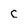
Character: c